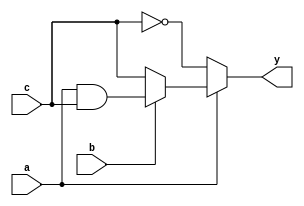
module opt_check4 (input a , input b , input c , output y);
 assign y = a?(b?(a & c ):c):(!c);
 endmodule